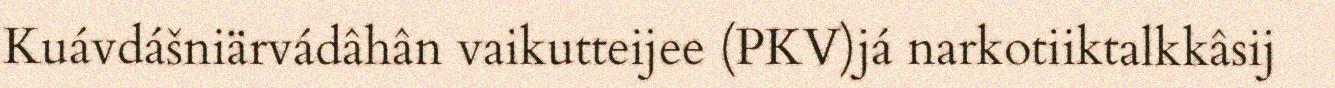
Kuávdášniärvádâhân vaikutteijee (PKV)já narkotiiktalkkâsij